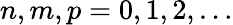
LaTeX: n,m,p=0,1,2,\ldots